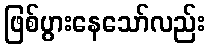
ဖြစ်ပွားနေသော်လည်း